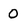
Character: 0